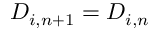
D _ { i , n + 1 } = D _ { i , n }